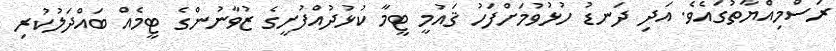
ރަސްމިއްޔާތުގައެވެ. އަދި ދަނޑު ހުޅުވުމަށްފަހު ޤައުމީ ޓީމާ ކުޅުދުއްފުށީގެ ޒުވާނުންގެ ޓީމެއް ބައްދަލުކުރި